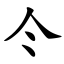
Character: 仒